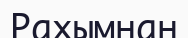
Рахымнан